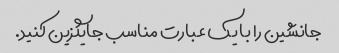
جانشین را با یک عبارت مناسب جایگزین کنید.